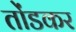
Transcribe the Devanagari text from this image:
तोंडकर